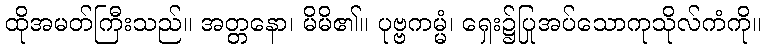
ထိုအမတ်ကြီးသည်။ အတ္တနော၊ မိမိ၏။ ပုဗ္ဗကမ္မံ၊ ရှေး၌ပြုအပ်သောကုသိုလ်ကံကို။